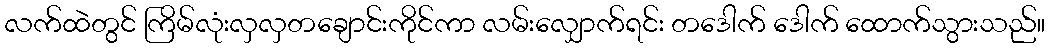
လက်ထဲတွင် ကြိမ်လုံးလှလှတချောင်းကိုင်ကာ လမ်းလျှောက်ရင်း တဒေါက် ဒေါက် ထောက်သွားသည်။